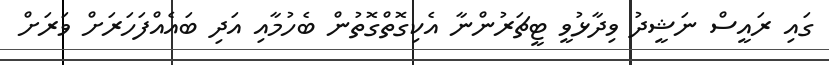
ގައި ރައީސް ނަޝީދު ވިދާޅުވީ ޓީޗަރުންނާ އެކިގޮތްގޮތުން ބެހުމާއި އަދި ބައެއްފަހަރަށް ވަރަށް